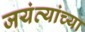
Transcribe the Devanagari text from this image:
जयंत्यांच्या